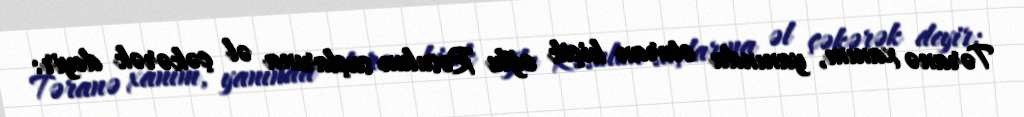
Təranə xanım, yanında oturan kiçik oğlu Rəsulun saçlarına əl çəkərək deyir: